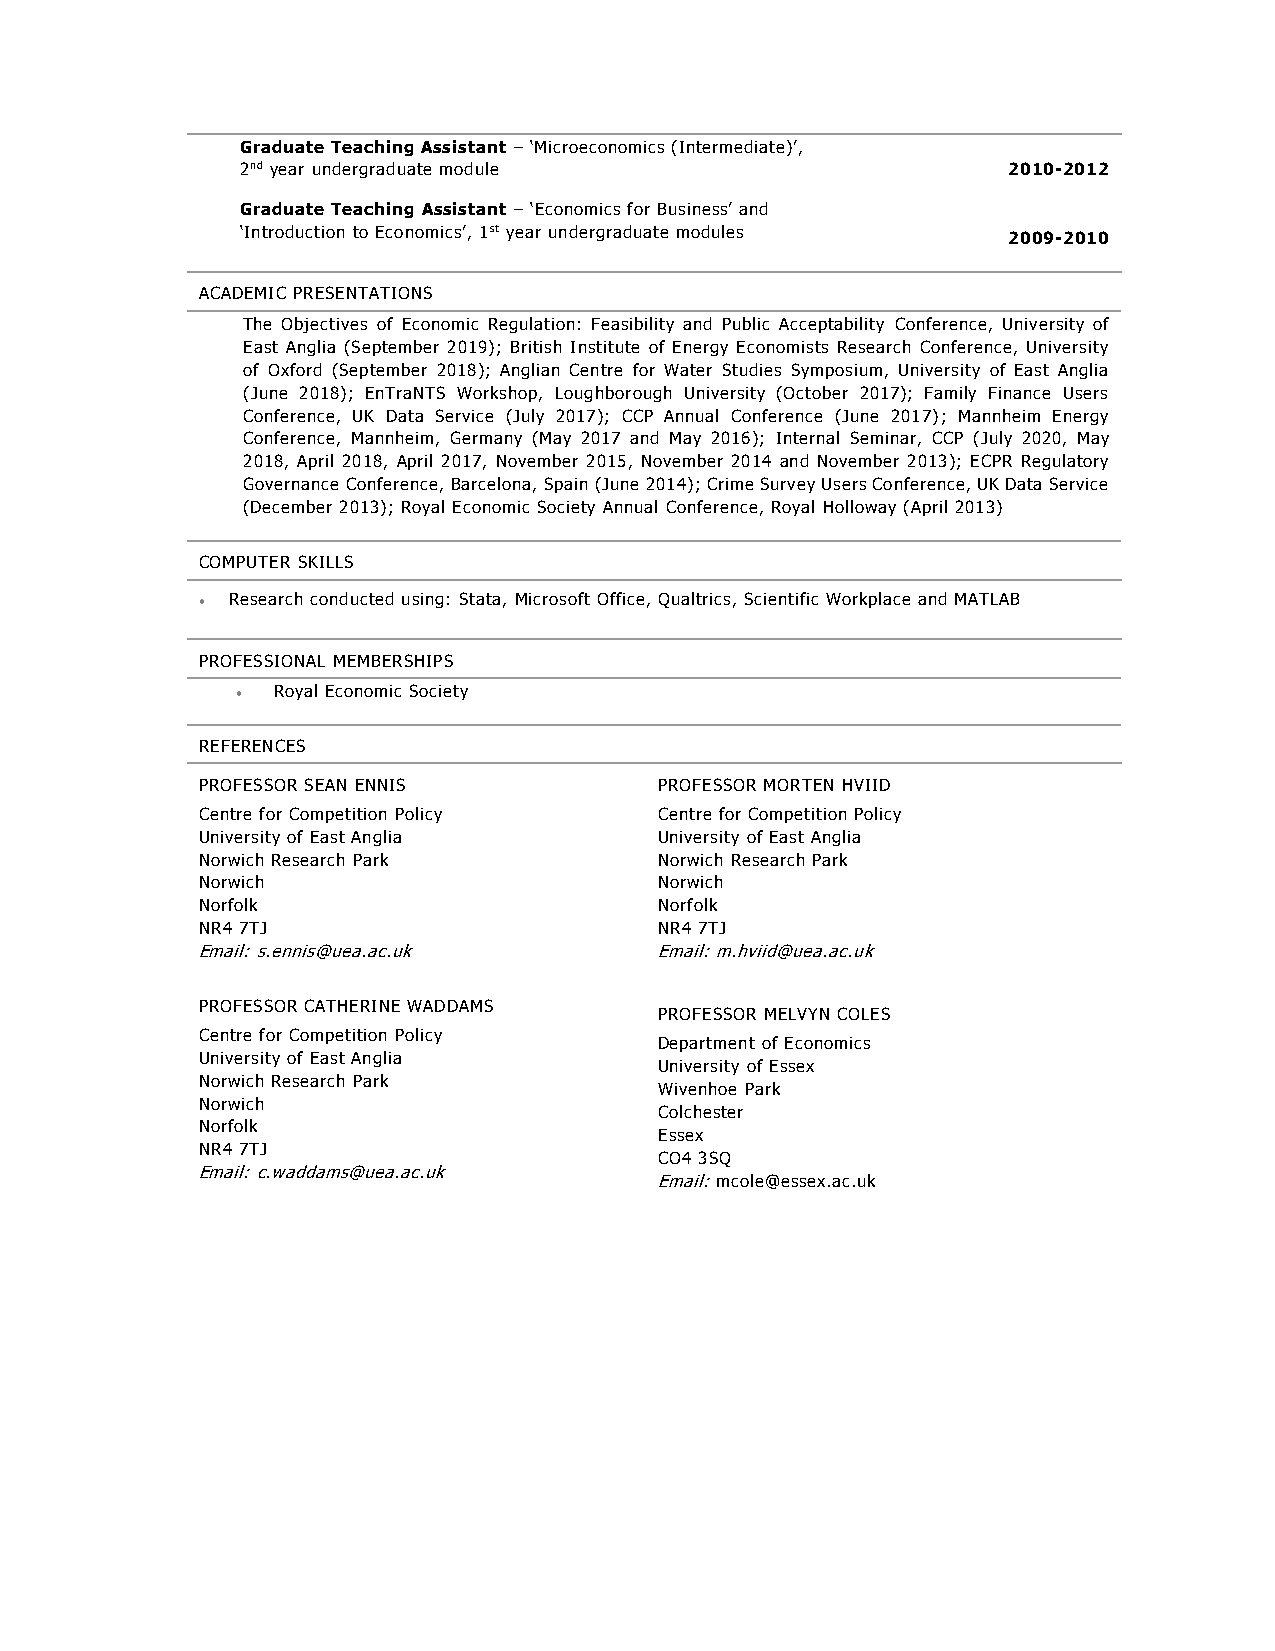
Graduate Teaching Assistant – ‘Microeconomics (Intermediate)’,
 2nd year undergraduate module                      2010-2012
 Graduate Teaching Assistant – ‘Economics for Business’ and
 ‘Introduction to Economics’, 1st year undergraduate modules 2009-2010
 ACADEMIC PRESENTATIONS
 The Objectives of Economic Regulation: Feasibility and Public Acceptability Conference, University of
 East Anglia (September 2019); British Institute of Energy Economists Research Conference, University
 of Oxford (September 2018); Anglian Centre for Water Studies Symposium, University of East Anglia
 (June 2018); EnTraNTS Workshop, Loughborough University (October 2017); Family Finance Users
 Conference, UK Data Service (July 2017); CCP Annual Conference (June 2017); Mannheim Energy
 Conference, Mannheim, Germany (May 2017 and May 2016); Internal Seminar, CCP (July 2020, May
 2018, April 2018, April 2017, November 2015, November 2014 and November 2013); ECPR Regulatory
 Governance Conference, Barcelona, Spain (June 2014); Crime Survey Users Conference, UK Data Service
 (December 2013); Royal Economic Society Annual Conference, Royal Holloway (April 2013)
 COMPUTER SKILLS
 • Research conducted using: Stata, Microsoft Office, Qualtrics, Scientific Workplace and MATLAB
 PROFESSIONAL MEMBERSHIPS
 • Royal Economic Society
 REFERENCES
 PROFESSOR SEAN ENNIS           PROFESSOR MORTEN HVIID
 Centre for Competition Policy  Centre for Competition Policy
 University of East Anglia      University of East Anglia
 Norwich Research Park          Norwich Research Park
 Norwich                        Norwich
 Norfolk                        Norfolk
 NR4 7TJ                        NR4 7TJ
 Email: s.ennis@uea.ac.uk      Email: m.hviid@uea.ac.uk
 PROFESSOR CATHERINE WADDAMS
 PROFESSOR MELVYN COLES
 Centre for Competition Policy
 Department of Economics
 University of East Anglia
 University of Essex
 Norwich Research Park
 Wivenhoe Park
 Norwich
 Colchester
 Norfolk
 Essex
 NR4 7TJ
 CO4 3SQ
 Email: c.waddams@uea.ac.uk
 Email: mcole@essex.ac.uk